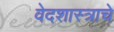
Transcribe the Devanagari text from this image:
वेदशास्त्राचे